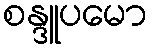
စန္ဒူပမော